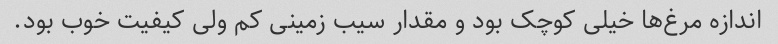
اندازه مرغ‌ها خیلی کوچک بود و مقدار سیب زمینی کم ولی کیفیت خوب بود.